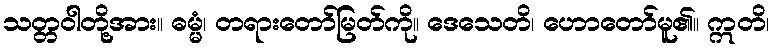
သတ္တဝါတို့အား။ ဓမ္မံ၊ တရားတော်မြတ်ကို။ ဒေသေတိ၊ ဟောတော်မူ၏။ ဣတိ၊